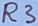
Text: R3